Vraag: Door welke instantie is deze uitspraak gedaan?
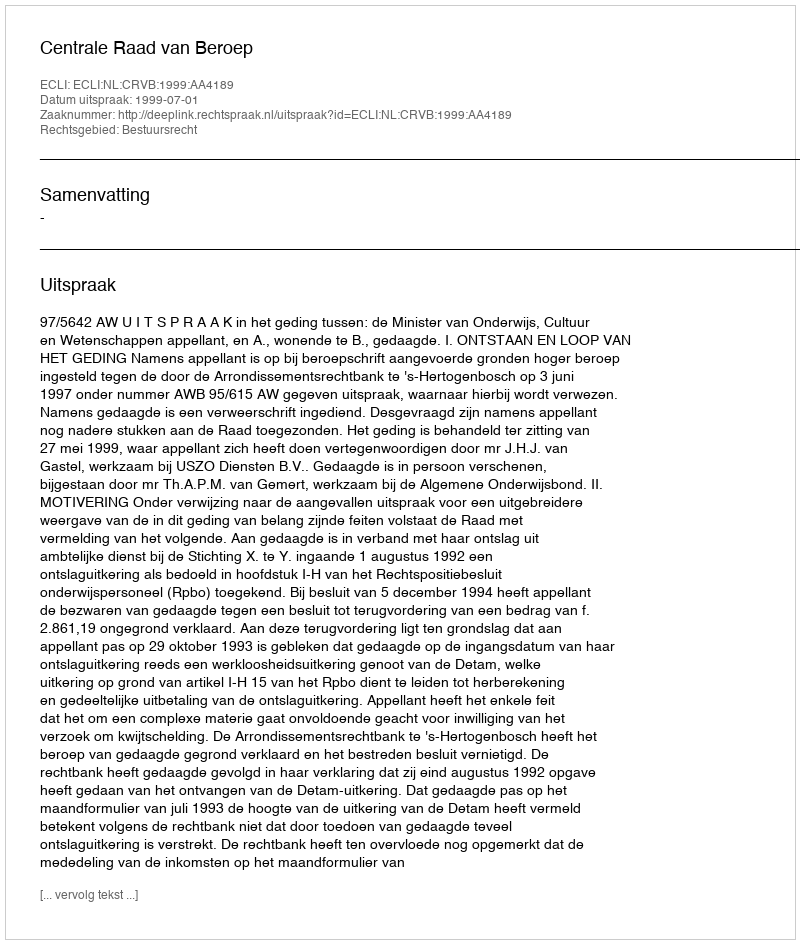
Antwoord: Centrale Raad van Beroep